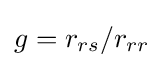
g=r_{rs}/r_{rr}